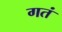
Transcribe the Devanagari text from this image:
गतं